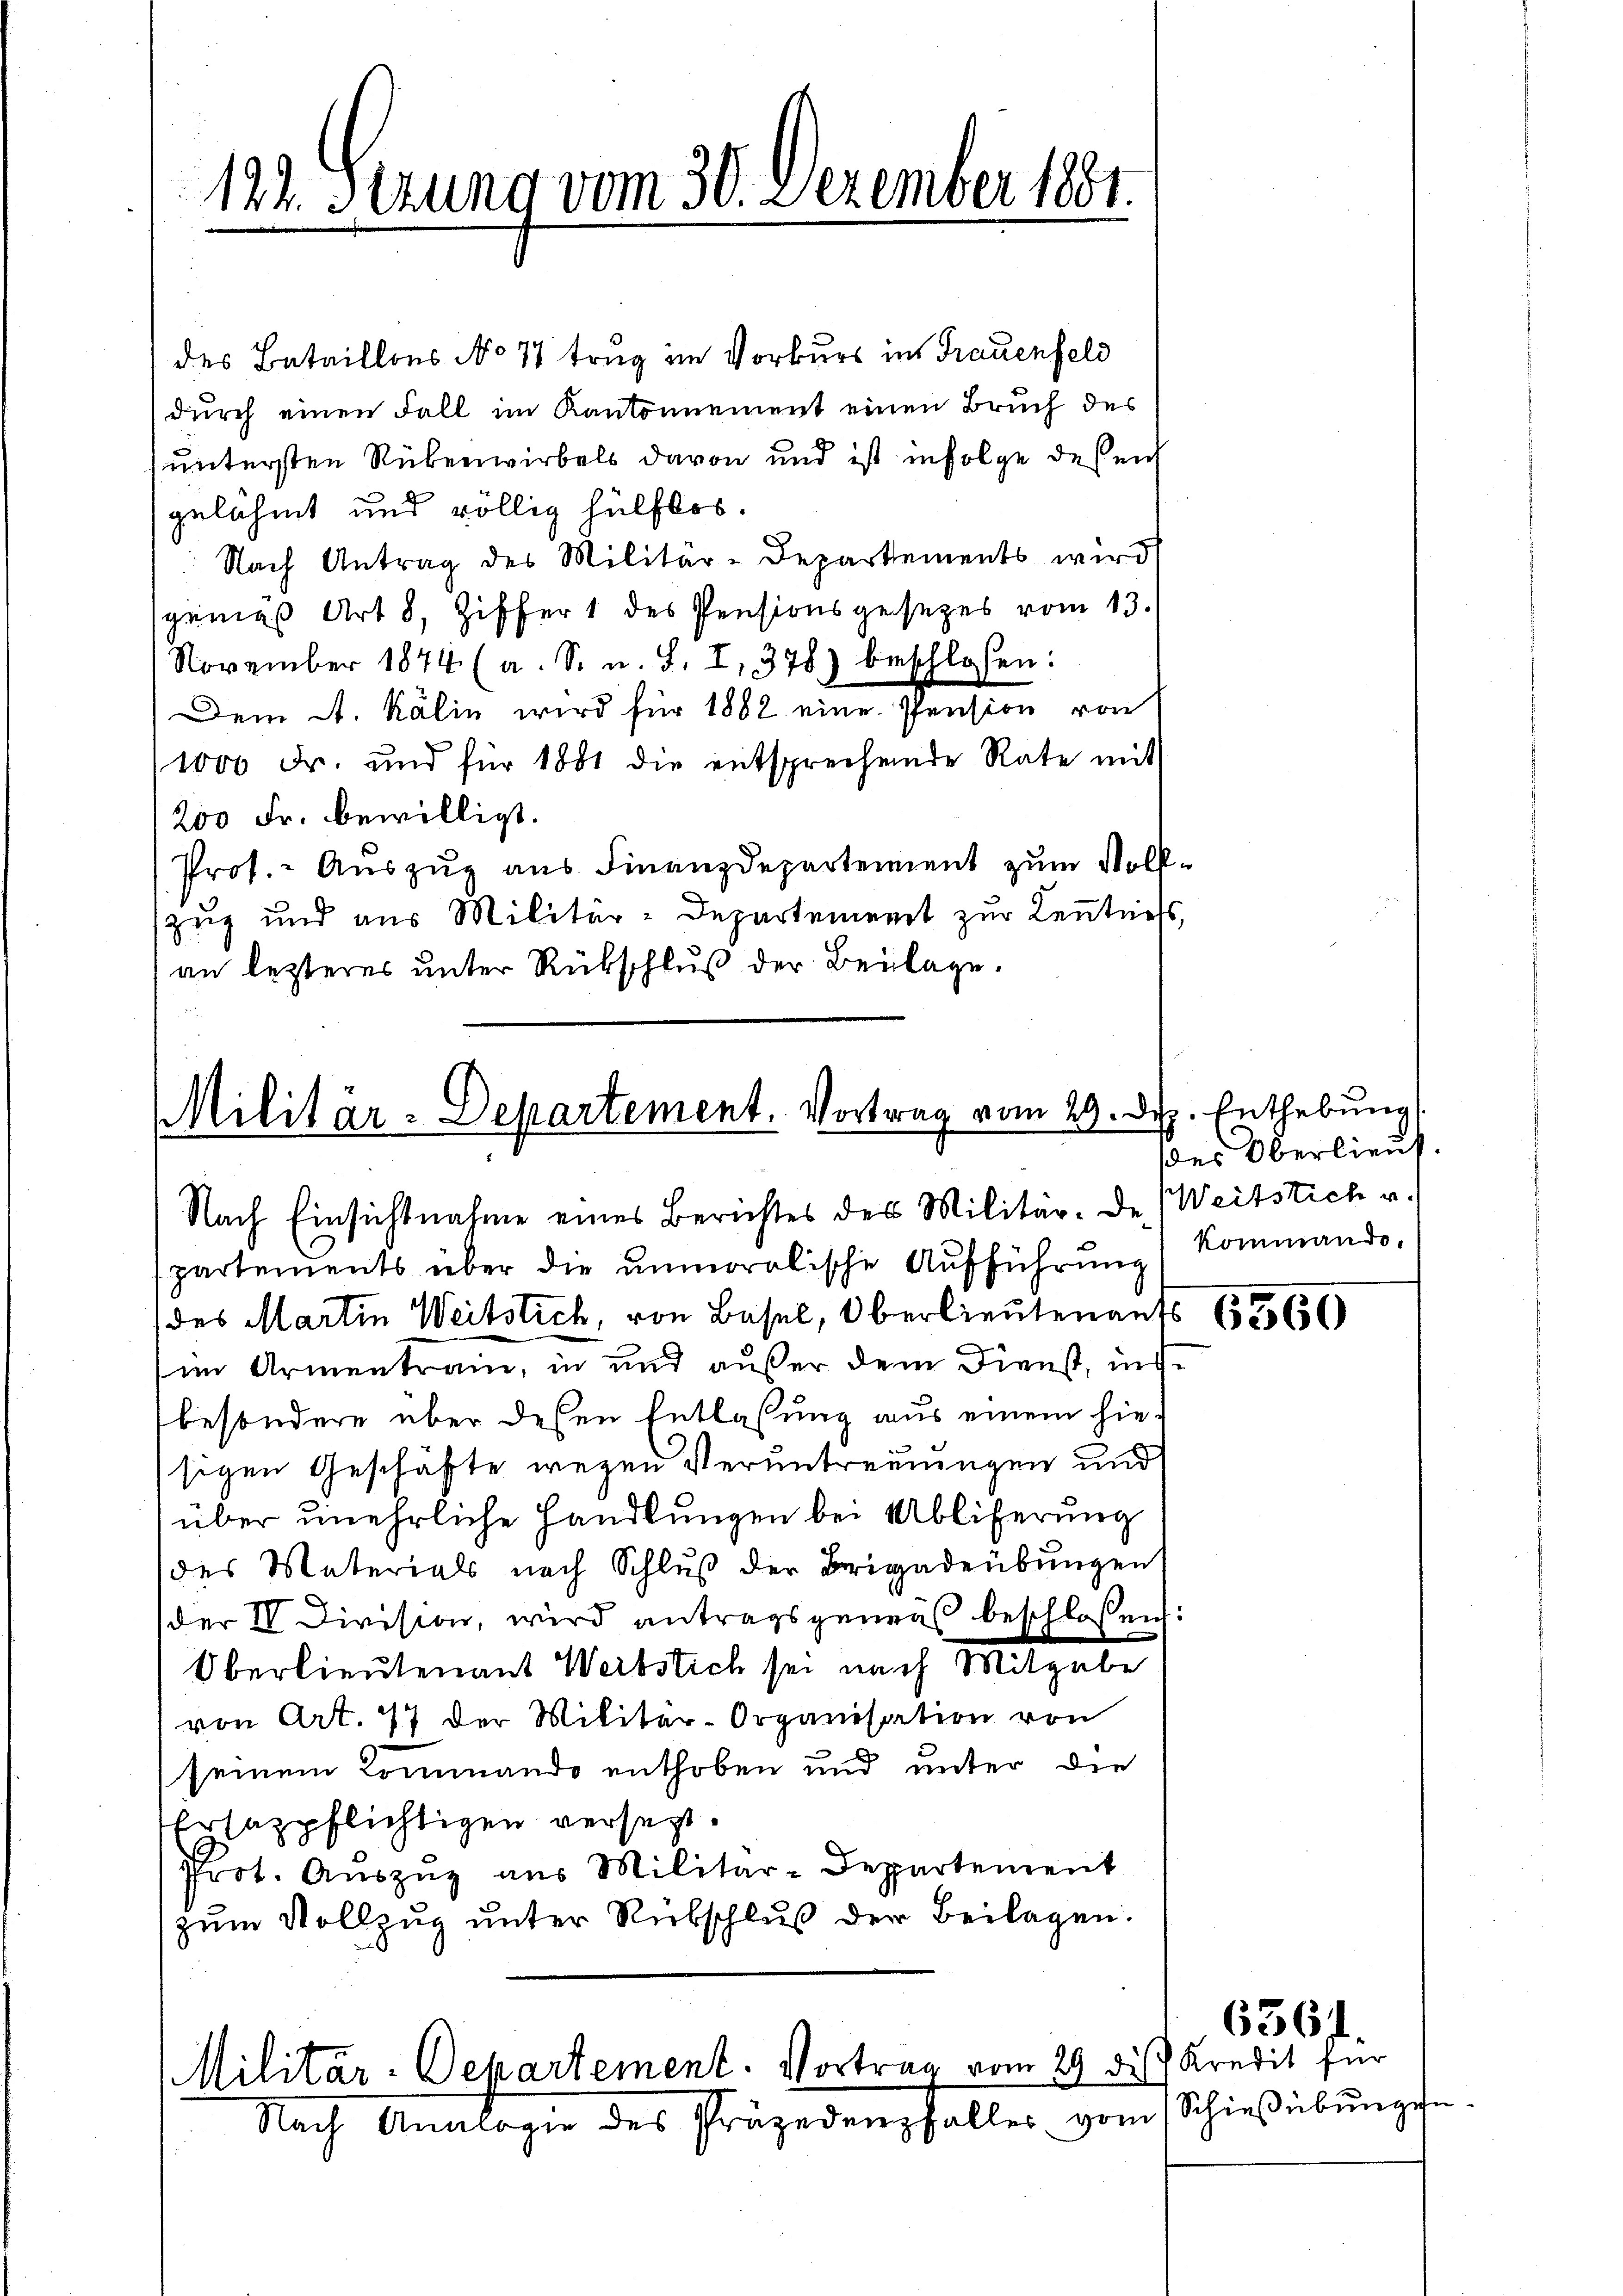
122. Sezung vom 30. Dezember 1881.

des Bataillons No 11 trug im Vorkurs in Frauenfeld
durch einen Fall im Kantonnement einen Bruch des
untersten Rübenwirkels davon und ist infolge des nich
gelähmt und völlig hülflos.
Nach Antrag des Militär-Departements wird
sgemes Art. 8, Ziffert des Pensionsgesezes vom 13.
November 1874 (a. S. u. S. I, 378) beschlossen:
Dem A. Kälin wird für 1882 eine Pension von
1000 Fr. und für 1881 die entsprechende Rate mit
200 Fr. bewilligt.
Prof. - Auszug aus Finanzdepartement zum Voll¬
Zug und aus Militär-Departement zur Keṅtniss,
an lezteres unter Rückschluß der Beilage.

Militär-Departement. Vortrag vom 29. Dez. Enthebung
Nach Einsichtnahme eines Berichtes des Militär-De. (Weitstich u.

Militär-Departement. Vortrag vom 29 des Kredit für
Nach Analogie des Präjedenfaller vom Schießübŭngen

partements über die unmoralische Aufführung
des Martin Weitstich, von Basel, Oberlieutenaufs
im Armentrain, in und außer dem Dienst, ind
besondere über desen Entlassung aus einem hiesigen Geschäfte wegen Veruntreuungen und
über unehrliche Handlungen bei Abliferung
des Materials nach Schluß der Brigadeübungen
der IV Division, wird antragsgeweis beschlossen:
Oberlieutenant Werbstich sei nach Mitgabe
von Art. 77 der Militar-Organisation von
(seinem Kommando enthoben und unter die
Ersazpflichtigen versetzt.
Prot. Aŭszŭg aus Militär-Departement
zum Vollzug unter Rubschluß der Beilagen.

des Oberlieut
kommando.

6560

636